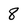
Character: 8